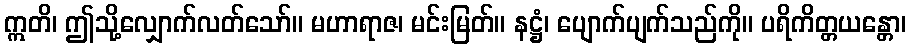
ဣတိ၊ ဤသို့လျှောက်လတ်သော်။ မဟာရာဇ၊ မင်းမြတ်။ နဋ္ဌံ၊ ပျောက်ပျက်သည်ကို။ ပရိကိတ္တယန္တော၊